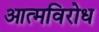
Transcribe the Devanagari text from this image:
आत्मविरोध